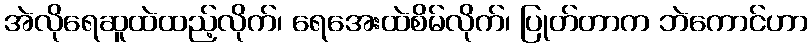
အဲလိုရေဆူထဲထည့်လိုက်၊ ရေအေးထဲစိမ်လိုက်၊ ပြုတ်တာက ဘဲကောင်ဟာ